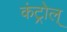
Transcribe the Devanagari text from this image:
कंट्रोल्